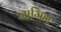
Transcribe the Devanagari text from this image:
जामिन